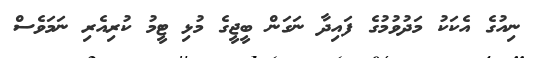
ނިއުގެ އެކަކު މަދުވުމުގެ ފައިދާ ނަގަން ބީޖީގެ މުޅި ޓީމު ކުރިއެރި ނަމަވެސް